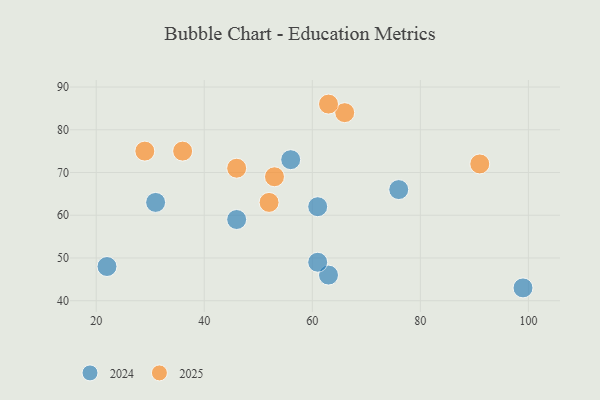
{"axis": {"x": "GDP", "y": "Life Expectancy"}, "legend": ["2024", "2025"], "data": [{"x": "63", "y": 46, "type": "2024"}, {"x": "99", "y": 43, "type": "2024"}, {"x": "22", "y": 48, "type": "2024"}, {"x": "61", "y": 49, "type": "2024"}, {"x": "31", "y": 63, "type": "2024"}, {"x": "56", "y": 73, "type": "2024"}, {"x": "61", "y": 62, "type": "2024"}, {"x": "46", "y": 59, "type": "2024"}, {"x": "76", "y": 66, "type": "2024"}, {"x": "52", "y": 63, "type": "2025"}, {"x": "91", "y": 72, "type": "2025"}, {"x": "66", "y": 84, "type": "2025"}, {"x": "29", "y": 75, "type": "2025"}, {"x": "46", "y": 71, "type": "2025"}, {"x": "36", "y": 75, "type": "2025"}, {"x": "53", "y": 69, "type": "2025"}, {"x": "63", "y": 86, "type": "2025"}]}